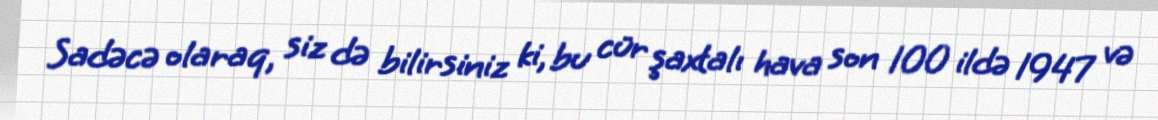
Sadəcə olaraq, siz də bilirsiniz ki, bu cür şaxtalı hava son 100 ildə 1947 və